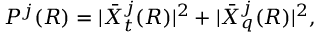
P ^ { j } ( R ) = | \Bar { X } _ { t } ^ { j } ( R ) | ^ { 2 } + | \Bar { X } _ { q } ^ { j } ( R ) | ^ { 2 } ,